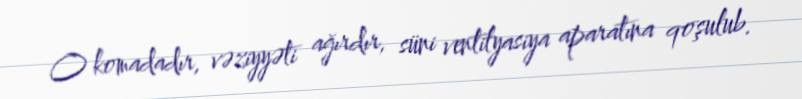
O komadadır, vəziyyəti ağırdır, süni ventilyasiya aparatına qoşulub.